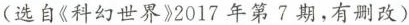
(选自《科幻世界》2017年第7期，有删改)